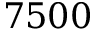
7 5 0 0